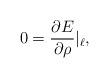
LaTeX: \begin{align*}0=\frac{\partial E}{\partial \rho}|_{\ell},\end{align*}